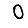
Digit: 0